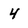
Character: 4